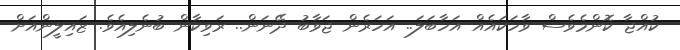
ކުއްޖާ ކޮންމެވެސް ވާހަކައެއް އަހާބަލަ.. އަހަރެން ޖަވާބު ދޭނަން.. ރަވިކާން ބުނެލިއެވެ. ޒައިލީންއަށް